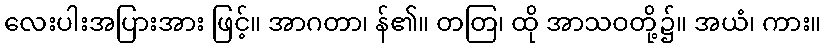
လေးပါးအပြားအား ဖြင့်။ အာဂတာ၊ န်၏။ တတြ၊ ထို အာသဝတို့၌။ အယံ၊ ကား။